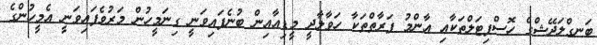
ބަނގްލަދޭޝްގެ ހޮސްޕިޓަލްތަކާއި އާންމު ފަރާތްތަކާ ހަވާލާދީ މީޑިއާއިން ބުނެފައިވަނީ ގިނަމީހުން މަރުވެފައިވަނީ އެމީހުންގެ